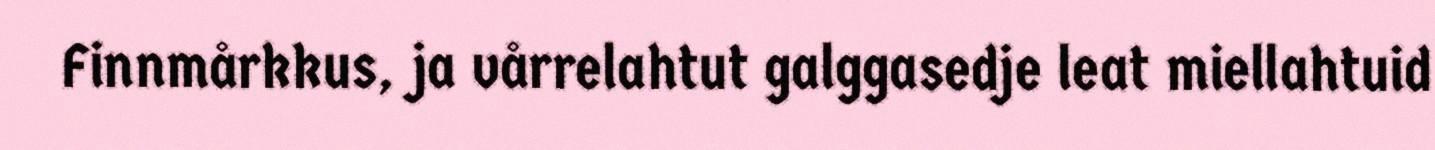
Finnmårkkus, ja vårrelahtut galggasedje leat miellahtuid